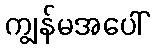
ကျွန်မအပေါ်